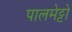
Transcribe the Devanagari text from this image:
पालमेट्टो